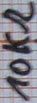
Text: 10KΩ